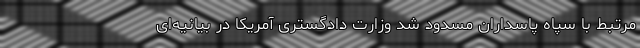
مرتبط با سپاه پاسداران مسدود شد وزارت دادگستری آمریکا در بیانیه‌ای